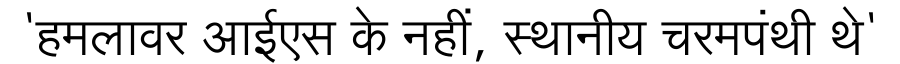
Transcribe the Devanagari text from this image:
'हमलावर आईएस के नहीं, स्थानीय चरमपंथी थे'